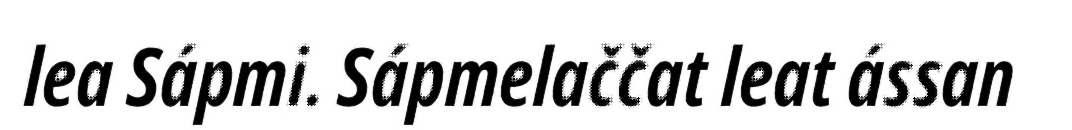
lea Sápmi. Sápmelaččat leat ássan